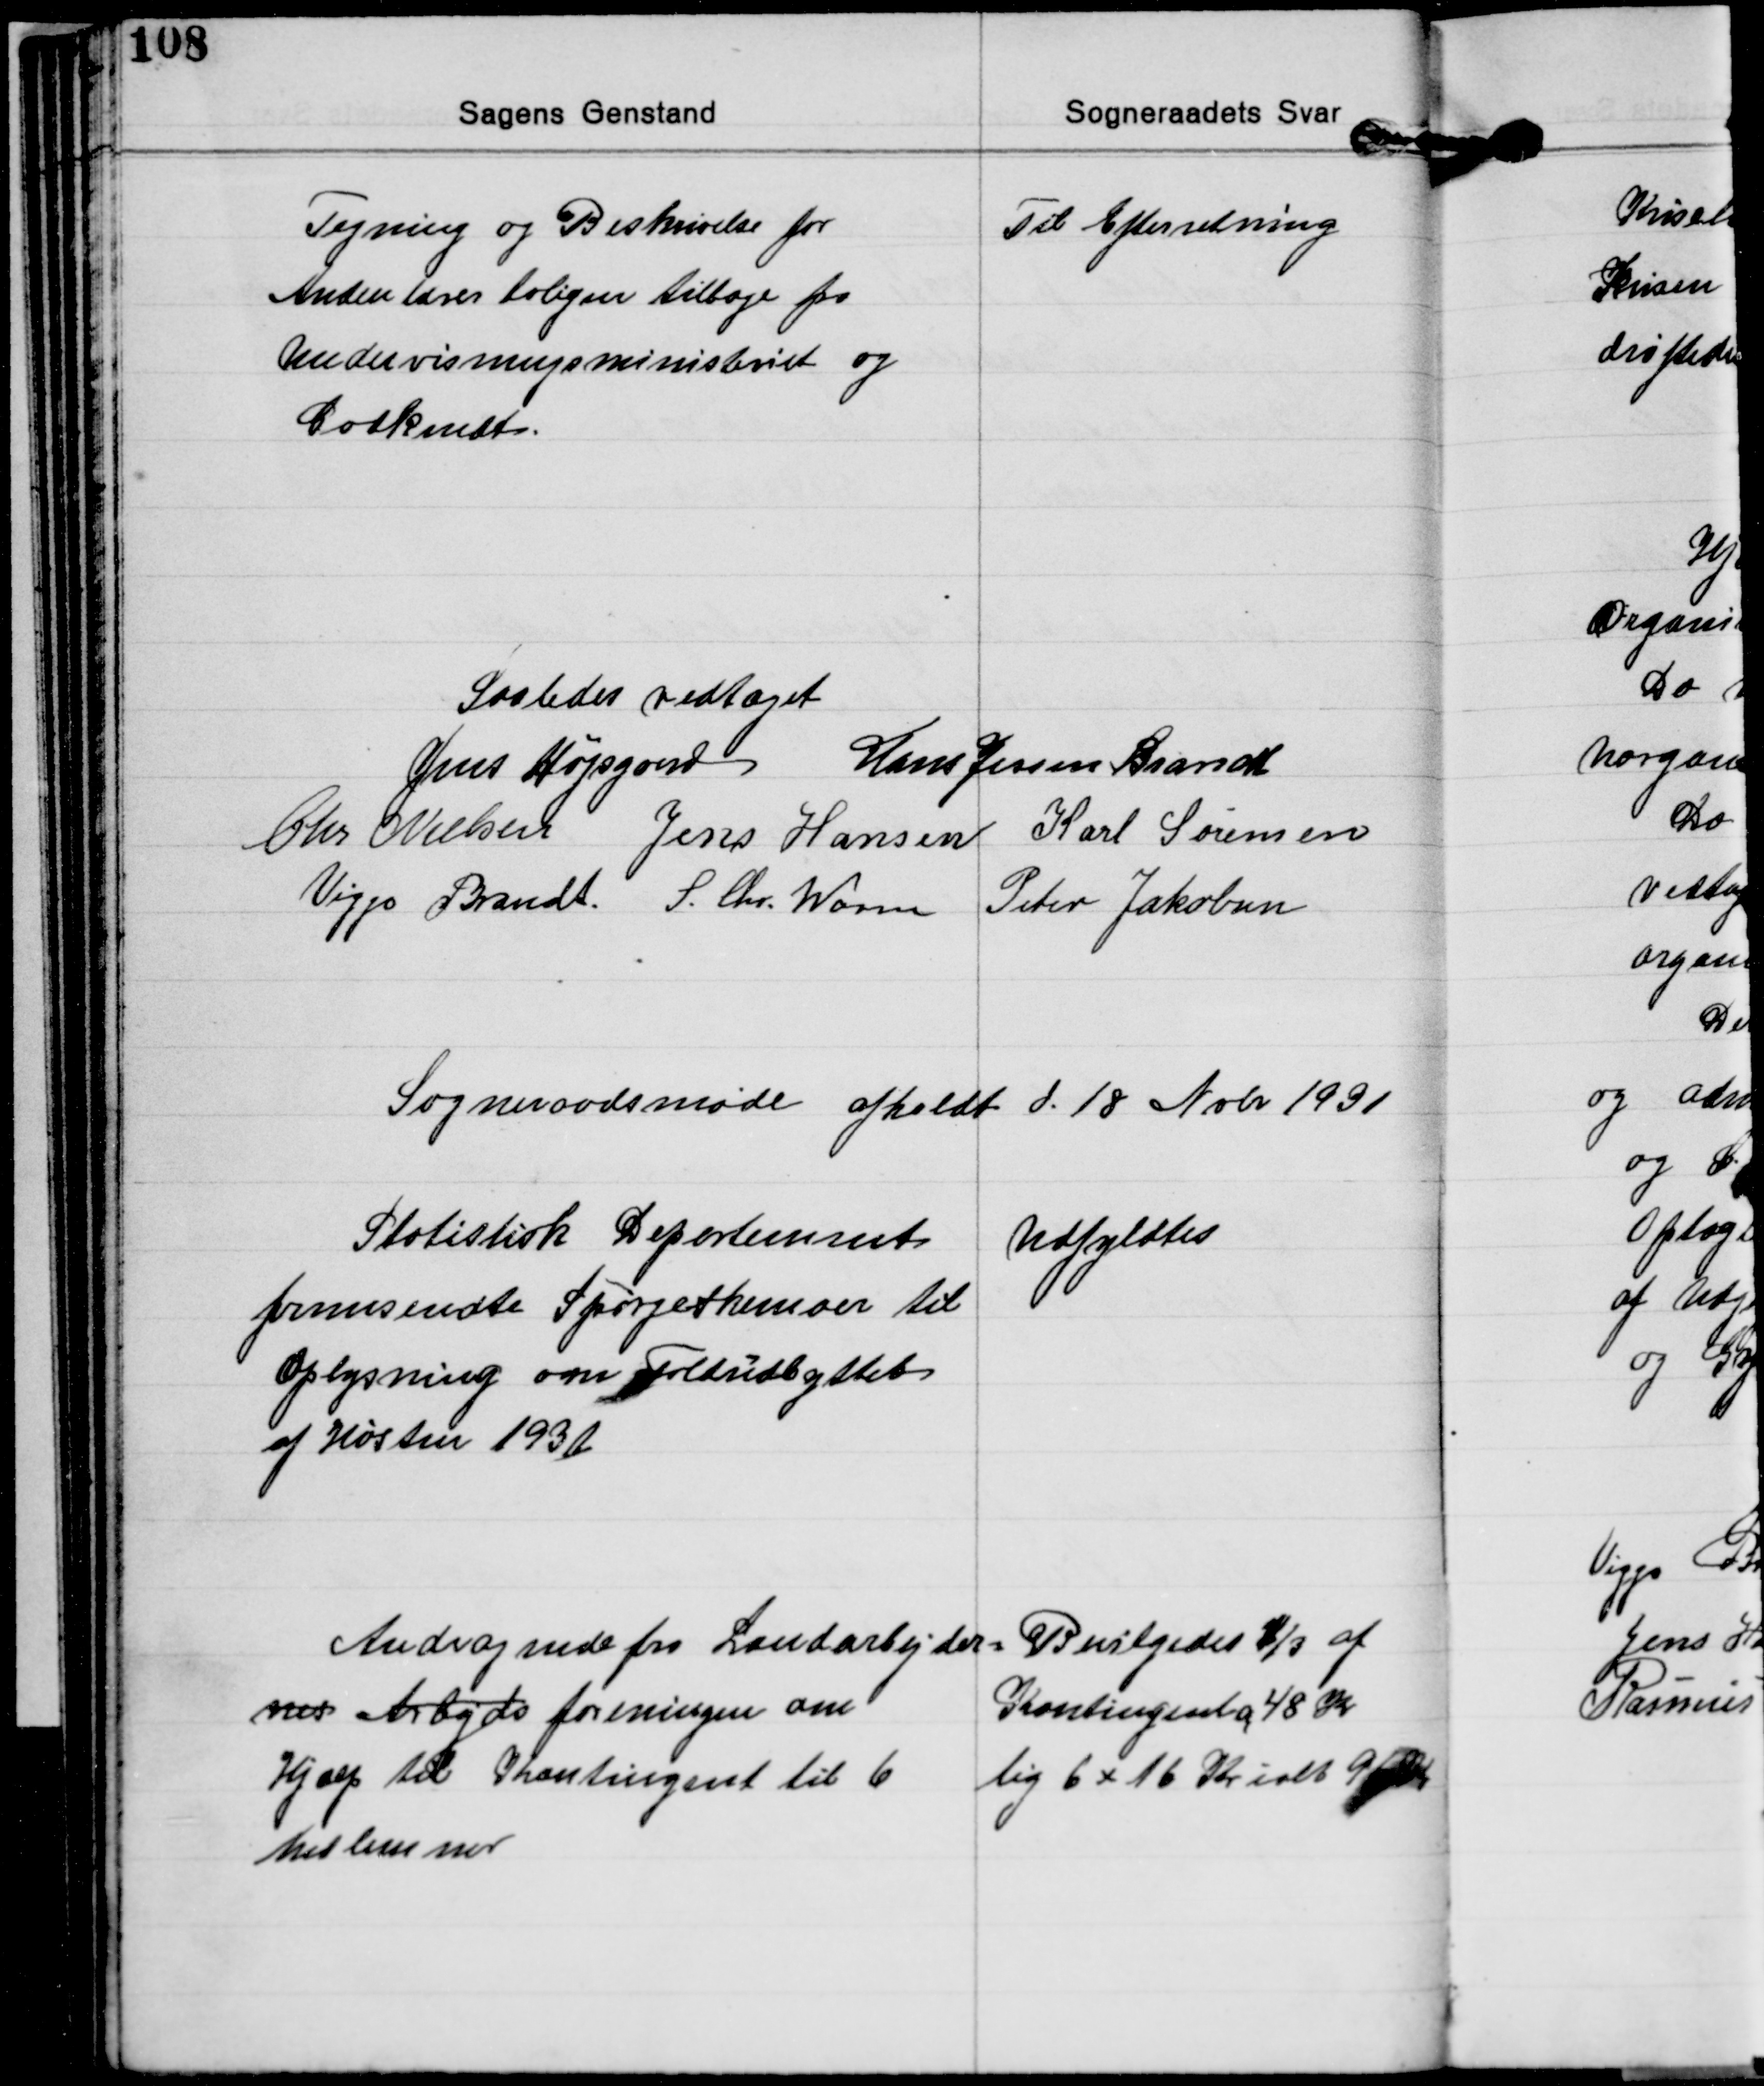
Transskription:
Tegning og Beskrivelse for
Andenlærer boligen tilbage fra
Undervisningsministeriet og
Godkendt.

Til Efterretning

Saaledes vedtaget
Jens Højsgaard Hans Jessen Brandt
Chr. Nielsen Jens Hansen Karl Sørensen
Viggo Brandt S. Chr. Worm Peter Jakobsen

Sogneraadsmøde afholdt d. 18 Nobr. 1931

Statistisk Departement
fremsendte Spørgeskemaer til
Oplysning om Foldudbyttet
af Høsten 1931

Udfyldtes

Andragende fra Landarbejder-
nes Arbejds foreningen om
Hjæp til Kontingent til 6
Medlemmer

Bevilgedes 1/3 af
Kontingent a 48 Kr.
lig 6 x 16 Kr. ialt 96 Kr.